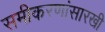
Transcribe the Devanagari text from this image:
समीकरणांसारखी